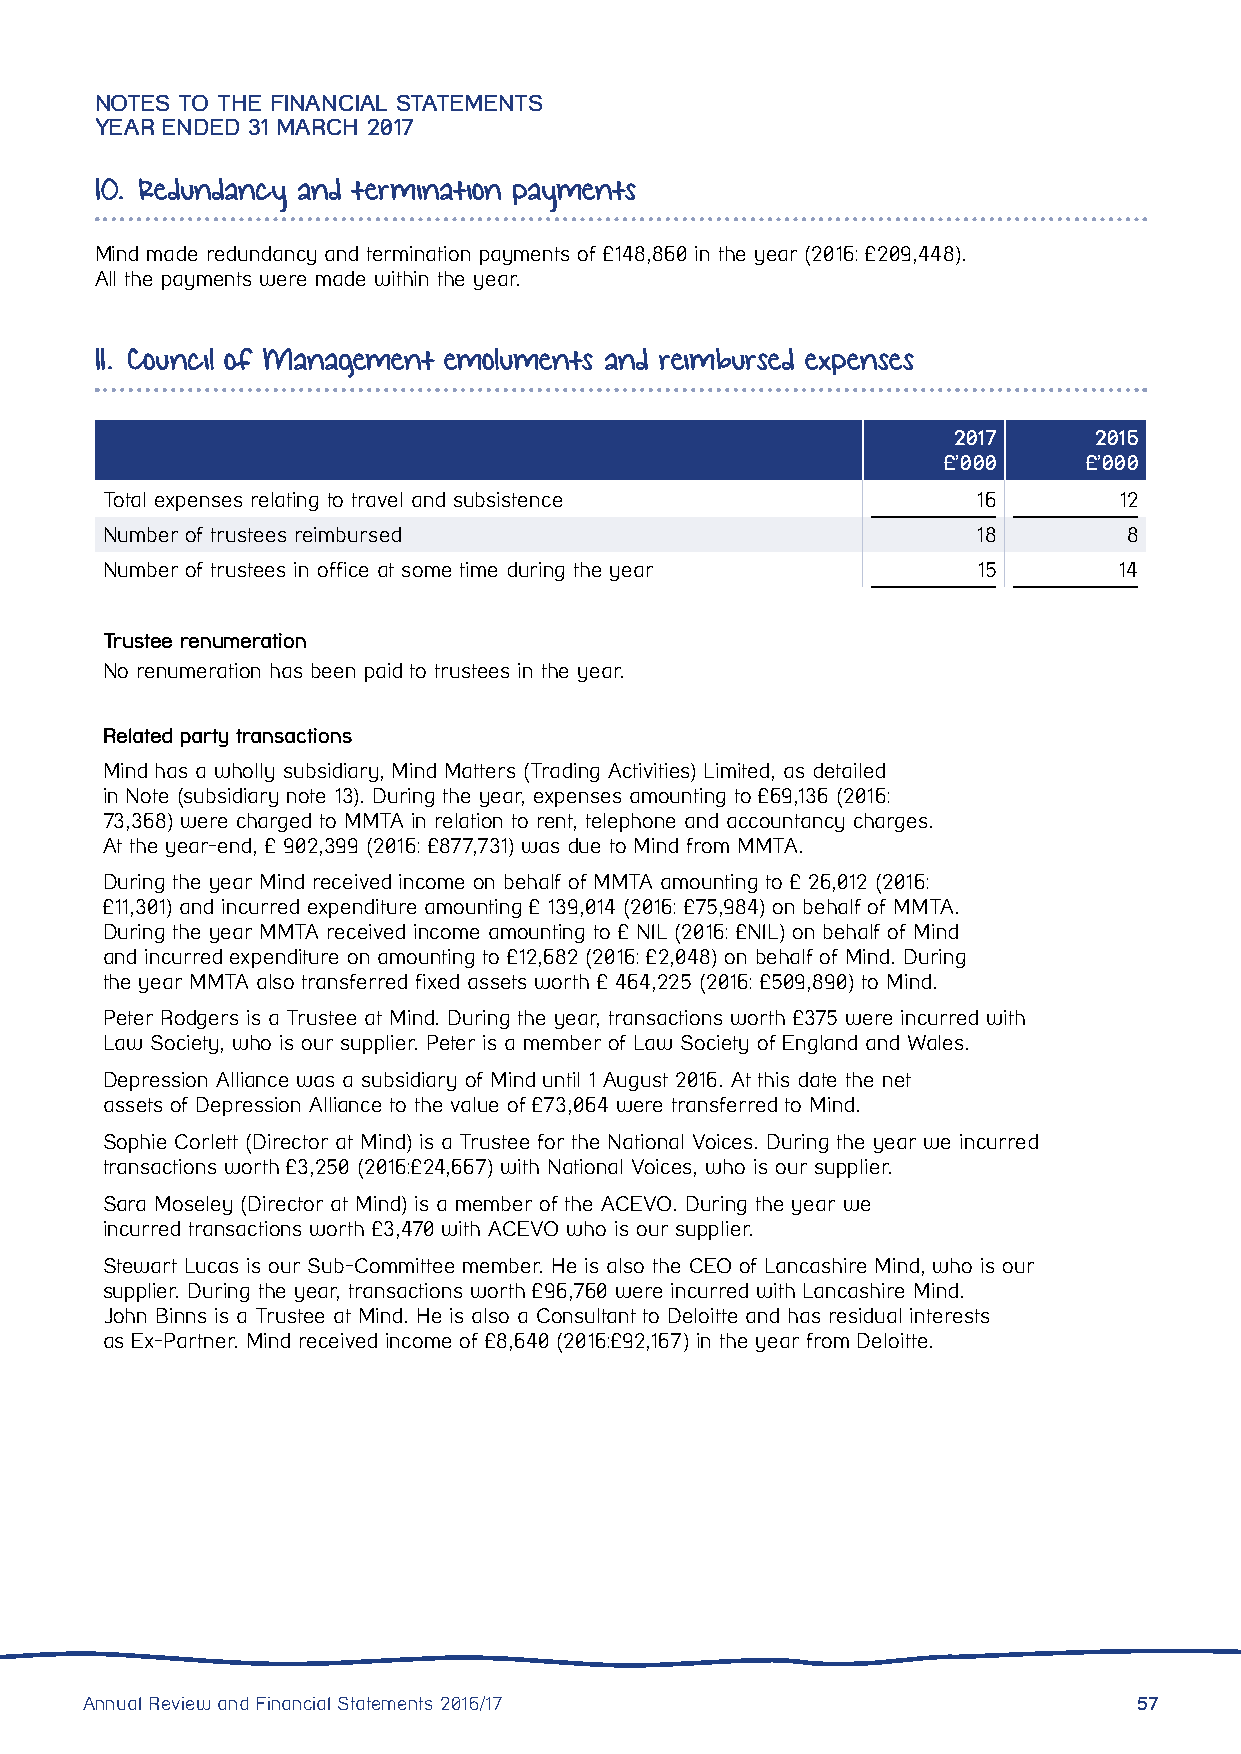
NOTES TO THE FINANCIAL STATEMENTS
 YEAR ENDED 31 MARCH 2017
 10. Redundancy and termination payments
 Mind made redundancy and termination payments of £148,860 in the year (2016: £209,448).
 All the payments were made within the year.
 11. Council of Management emoluments and reimbursed expenses
 2017     2016
 £’000     £’000
 Total expenses relating to travel and subsistence         16       12
 Number of trustees reimbursed                             18        8
 Number of trustees in office at some time during the year 15       14
 Trustee renumeration
 No renumeration has been paid to trustees in the year.
 Related party transactions
 Mind has a wholly subsidiary, Mind Matters (Trading Activities) Limited, as detailed
 in Note (subsidiary note 13). During the year, expenses amounting to £69,136 (2016:
 73,368) were charged to MMTA in relation to rent, telephone and accountancy charges.
 At the year-end, £ 902,399 (2016: £877,731) was due to Mind from MMTA.
 During the year Mind received income on behalf of MMTA amounting to £ 26,012 (2016:
 £11,301) and incurred expenditure amounting £ 139,014 (2016: £75,984) on behalf of MMTA.
 During the year MMTA received income amounting to £ NIL (2016: £NIL) on behalf of Mind
 and incurred expenditure on amounting to £12,682 (2016: £2,048) on behalf of Mind. During
 the year MMTA also transferred fixed assets worth £ 464,225 (2016: £509,890) to Mind.
 Peter Rodgers is a Trustee at Mind. During the year, transactions worth £375 were incurred with
 Law Society, who is our supplier. Peter is a member of Law Society of England and Wales.
 Depression Alliance was a subsidiary of Mind until 1 August 2016. At this date the net
 assets of Depression Alliance to the value of £73,064 were transferred to Mind.
 Sophie Corlett (Director at Mind) is a Trustee for the National Voices. During the year we incurred
 transactions worth £3,250 (2016:£24,667) with National Voices, who is our supplier.
 Sara Moseley (Director at Mind) is a member of the ACEVO. During the year we
 incurred transactions worth £3,470 with ACEVO who is our supplier.
 Stewart Lucas is our Sub-Committee member. He is also the CEO of Lancashire Mind, who is our
 supplier. During the year, transactions worth £96,760 were incurred with Lancashire Mind.
 John Binns is a Trustee at Mind. He is also a Consultant to Deloitte and has residual interests
 as Ex-Partner. Mind received income of £8,640 (2016:£92,167) in the year from Deloitte.
 Annual Review and Financial Statements 2016/17                        57